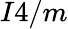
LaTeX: I4/m